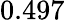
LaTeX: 0.497